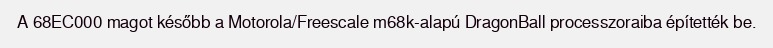
A 68EC000 magot később a Motorola/Freescale m68k-alapú DragonBall processzoraiba építették be.